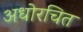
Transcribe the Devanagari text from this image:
अधोरचित